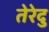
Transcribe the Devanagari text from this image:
तेरेदु